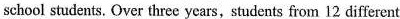
school students. Over three years,students from 12 different